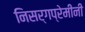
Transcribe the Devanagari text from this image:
निसर्गप्रेमींनी